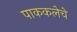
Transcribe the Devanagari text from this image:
पाककलेचे